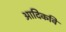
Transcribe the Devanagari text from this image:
अादिकवि